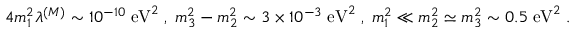
4 m _ { 1 } ^ { 2 } \lambda ^ { ( M ) } \sim 1 0 ^ { - 1 0 } \; \mathrm { e V } ^ { 2 } \; , \; m _ { 3 } ^ { 2 } - m _ { 2 } ^ { 2 } \sim 3 \times 1 0 ^ { - 3 } \; \mathrm { e V } ^ { 2 } \; , \; m _ { 1 } ^ { 2 } \ll m _ { 2 } ^ { 2 } \simeq m _ { 3 } ^ { 2 } \sim 0 . 5 \; \mathrm { e V } ^ { 2 } \; .